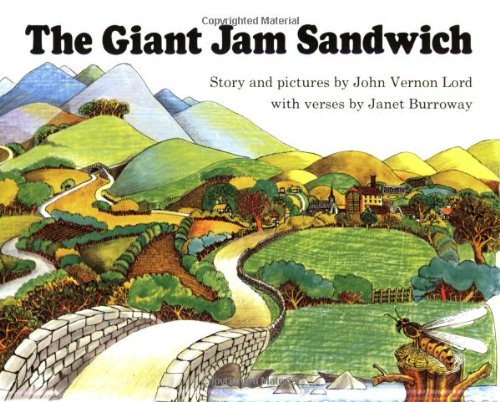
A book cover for The Giant Jam Sandwich Book & CD (Read Along Book & CD); John Vernon Lord; Cookbooks, Food & Wine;